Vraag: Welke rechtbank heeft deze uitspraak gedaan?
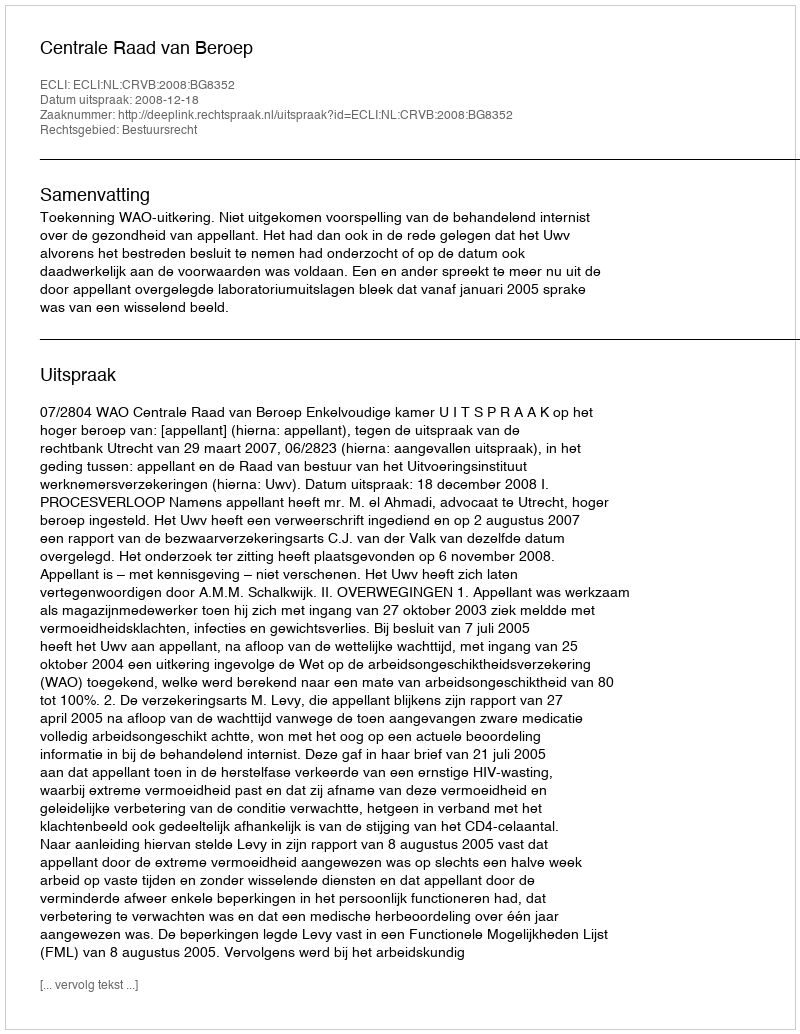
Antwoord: Centrale Raad van Beroep